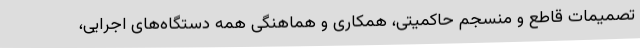
تصمیمات قاطع و منسجم حاکمیتی، همکاری و هماهنگی همه دستگاه‌های اجرایی،